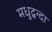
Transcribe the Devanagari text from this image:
मधुद्वन्दा